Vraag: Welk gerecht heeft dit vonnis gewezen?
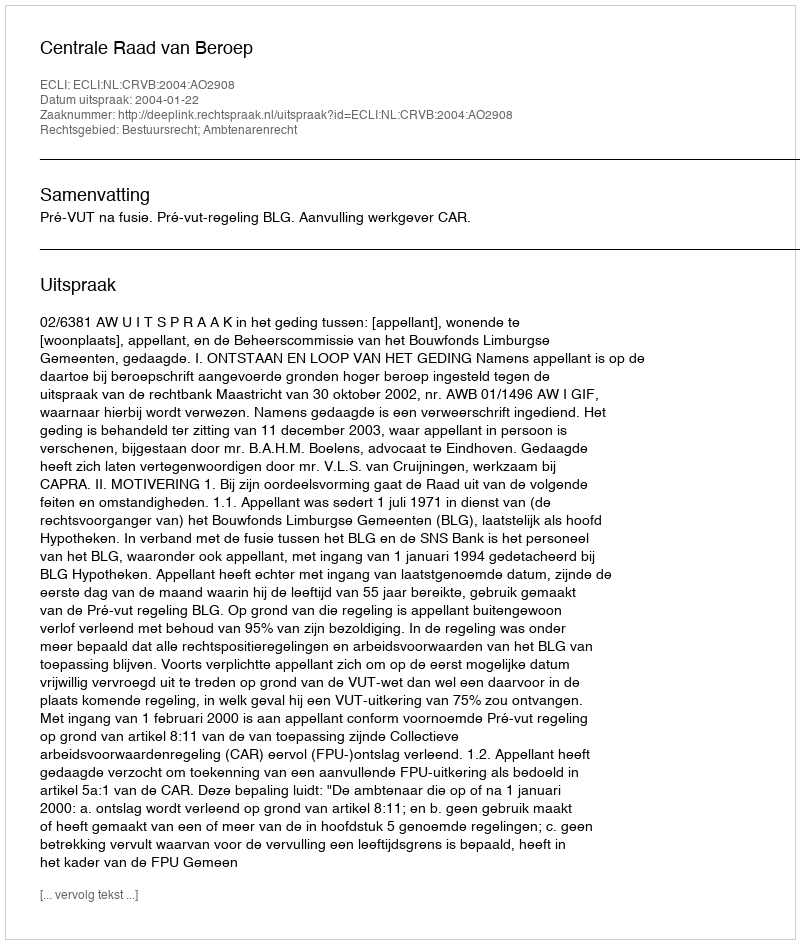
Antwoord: Centrale Raad van Beroep